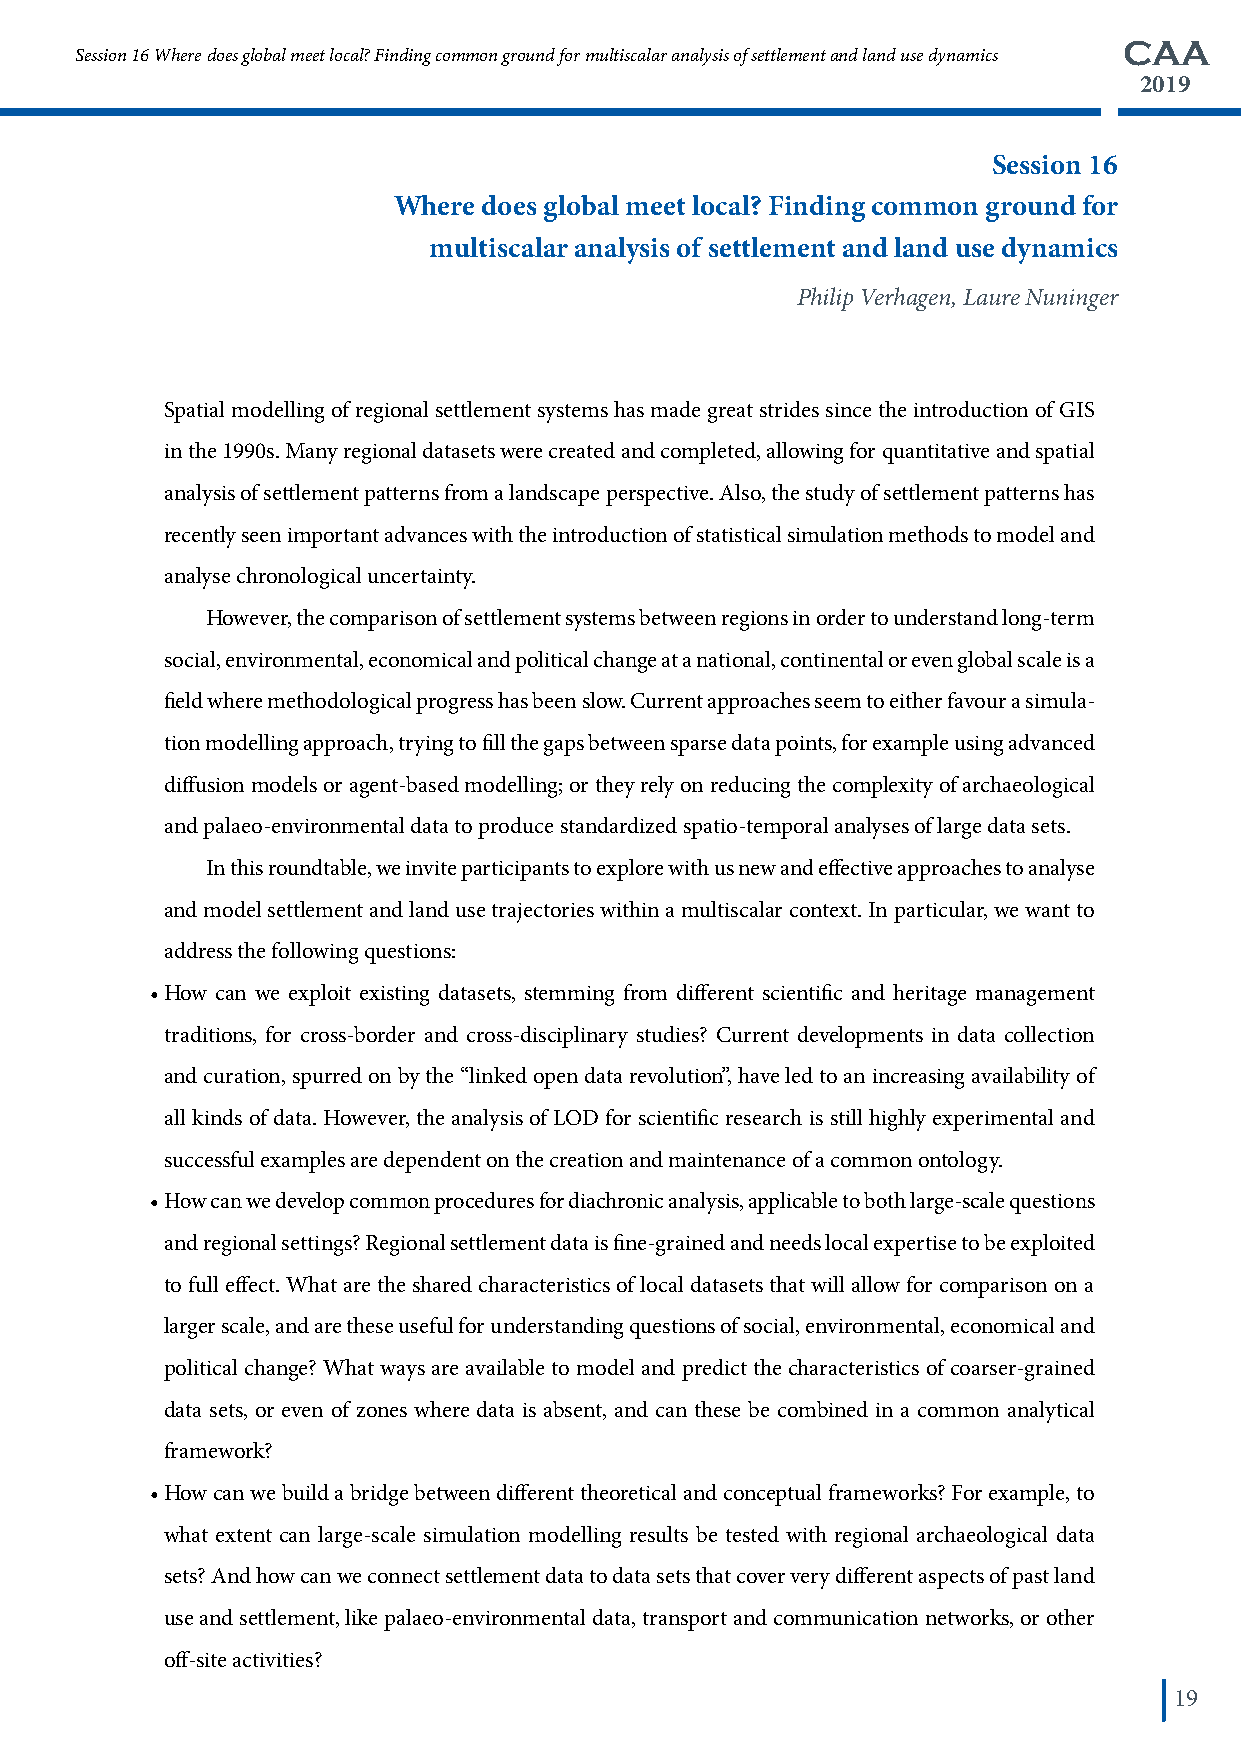
CAA
 Session 16 Where does global meet local? Finding common ground for multiscalar analysis of settlement and land use dynamics
 2019
 Session 16
 Where does global meet local? Finding common ground for
 multiscalar analysis of settlement and land use dynamics
 Philip Verhagen, Laure Nuninger
 Spatial modelling of regional settlement systems has made great strides since the introduction of GIS
 in the 1990s. Many regional datasets were created and completed, allowing for quantitative and spatial
 analysis of settlement patterns from a landscape perspective. Also, the study of settlement patterns has
 recently seen important advances with the introduction of statistical simulation methods to model and
 analyse chronological uncertainty.
 However, the comparison of settlement systems between regions in order to understand long-term
 social, environmental, economical and political change at a national, continental or even global scale is a
 field where methodological progress has been slow. Current approaches seem to either favour a simula-
 tion modelling approach, trying to fill the gaps between sparse data points, for example using advanced
 diffusion models or agent-based modelling; or they rely on reducing the complexity of archaeological
 and palaeo-environmental data to produce standardized spatio-temporal analyses of large data sets.
 In this roundtable, we invite participants to explore with us new and effective approaches to analyse
 and model settlement and land use trajectories within a multiscalar context. In particular, we want to
 address the following questions:
 • How can we exploit existing datasets, stemming from different scientific and heritage management
 traditions, for cross-border and cross-disciplinary studies? Current developments in data collection
 and curation, spurred on by the “linked open data revolution”, have led to an increasing availability of
 all kinds of data. However, the analysis of LOD for scientific research is still highly experimental and
 successful examples are dependent on the creation and maintenance of a common ontology.
 • How can we develop common procedures for diachronic analysis, applicable to both large-scale questions
 and regional settings? Regional settlement data is fine-grained and needs local expertise to be exploited
 to full effect. What are the shared characteristics of local datasets that will allow for comparison on a
 larger scale, and are these useful for understanding questions of social, environmental, economical and
 political change? What ways are available to model and predict the characteristics of coarser-grained
 data sets, or even of zones where data is absent, and can these be combined in a common analytical
 framework?
 • How can we build a bridge between different theoretical and conceptual frameworks? For example, to
 what extent can large-scale simulation modelling results be tested with regional archaeological data
 sets? And how can we connect settlement data to data sets that cover very different aspects of past land
 use and settlement, like palaeo-environmental data, transport and communication networks, or other
 off-site activities?
 19